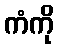
ကံကို